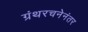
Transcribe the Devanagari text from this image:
ग्रंथरचनेनंतर